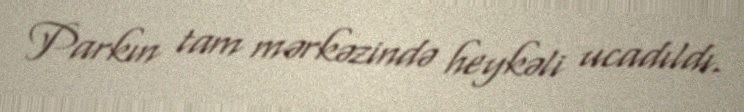
Parkın tam mərkəzində heykəli ucadıldı.